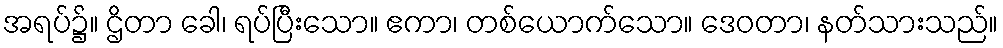
အရပ်၌။ ဌိတာ ခေါ၊ ရပ်ပြီးသော။ ဧကာ၊ တစ်ယောက်သော။ ဒေဝတာ၊ နတ်သားသည်။